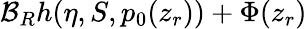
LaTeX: {\cal B}_{R}h(\eta,S,p_{0}(z_{r}))+\Phi(z_{r})